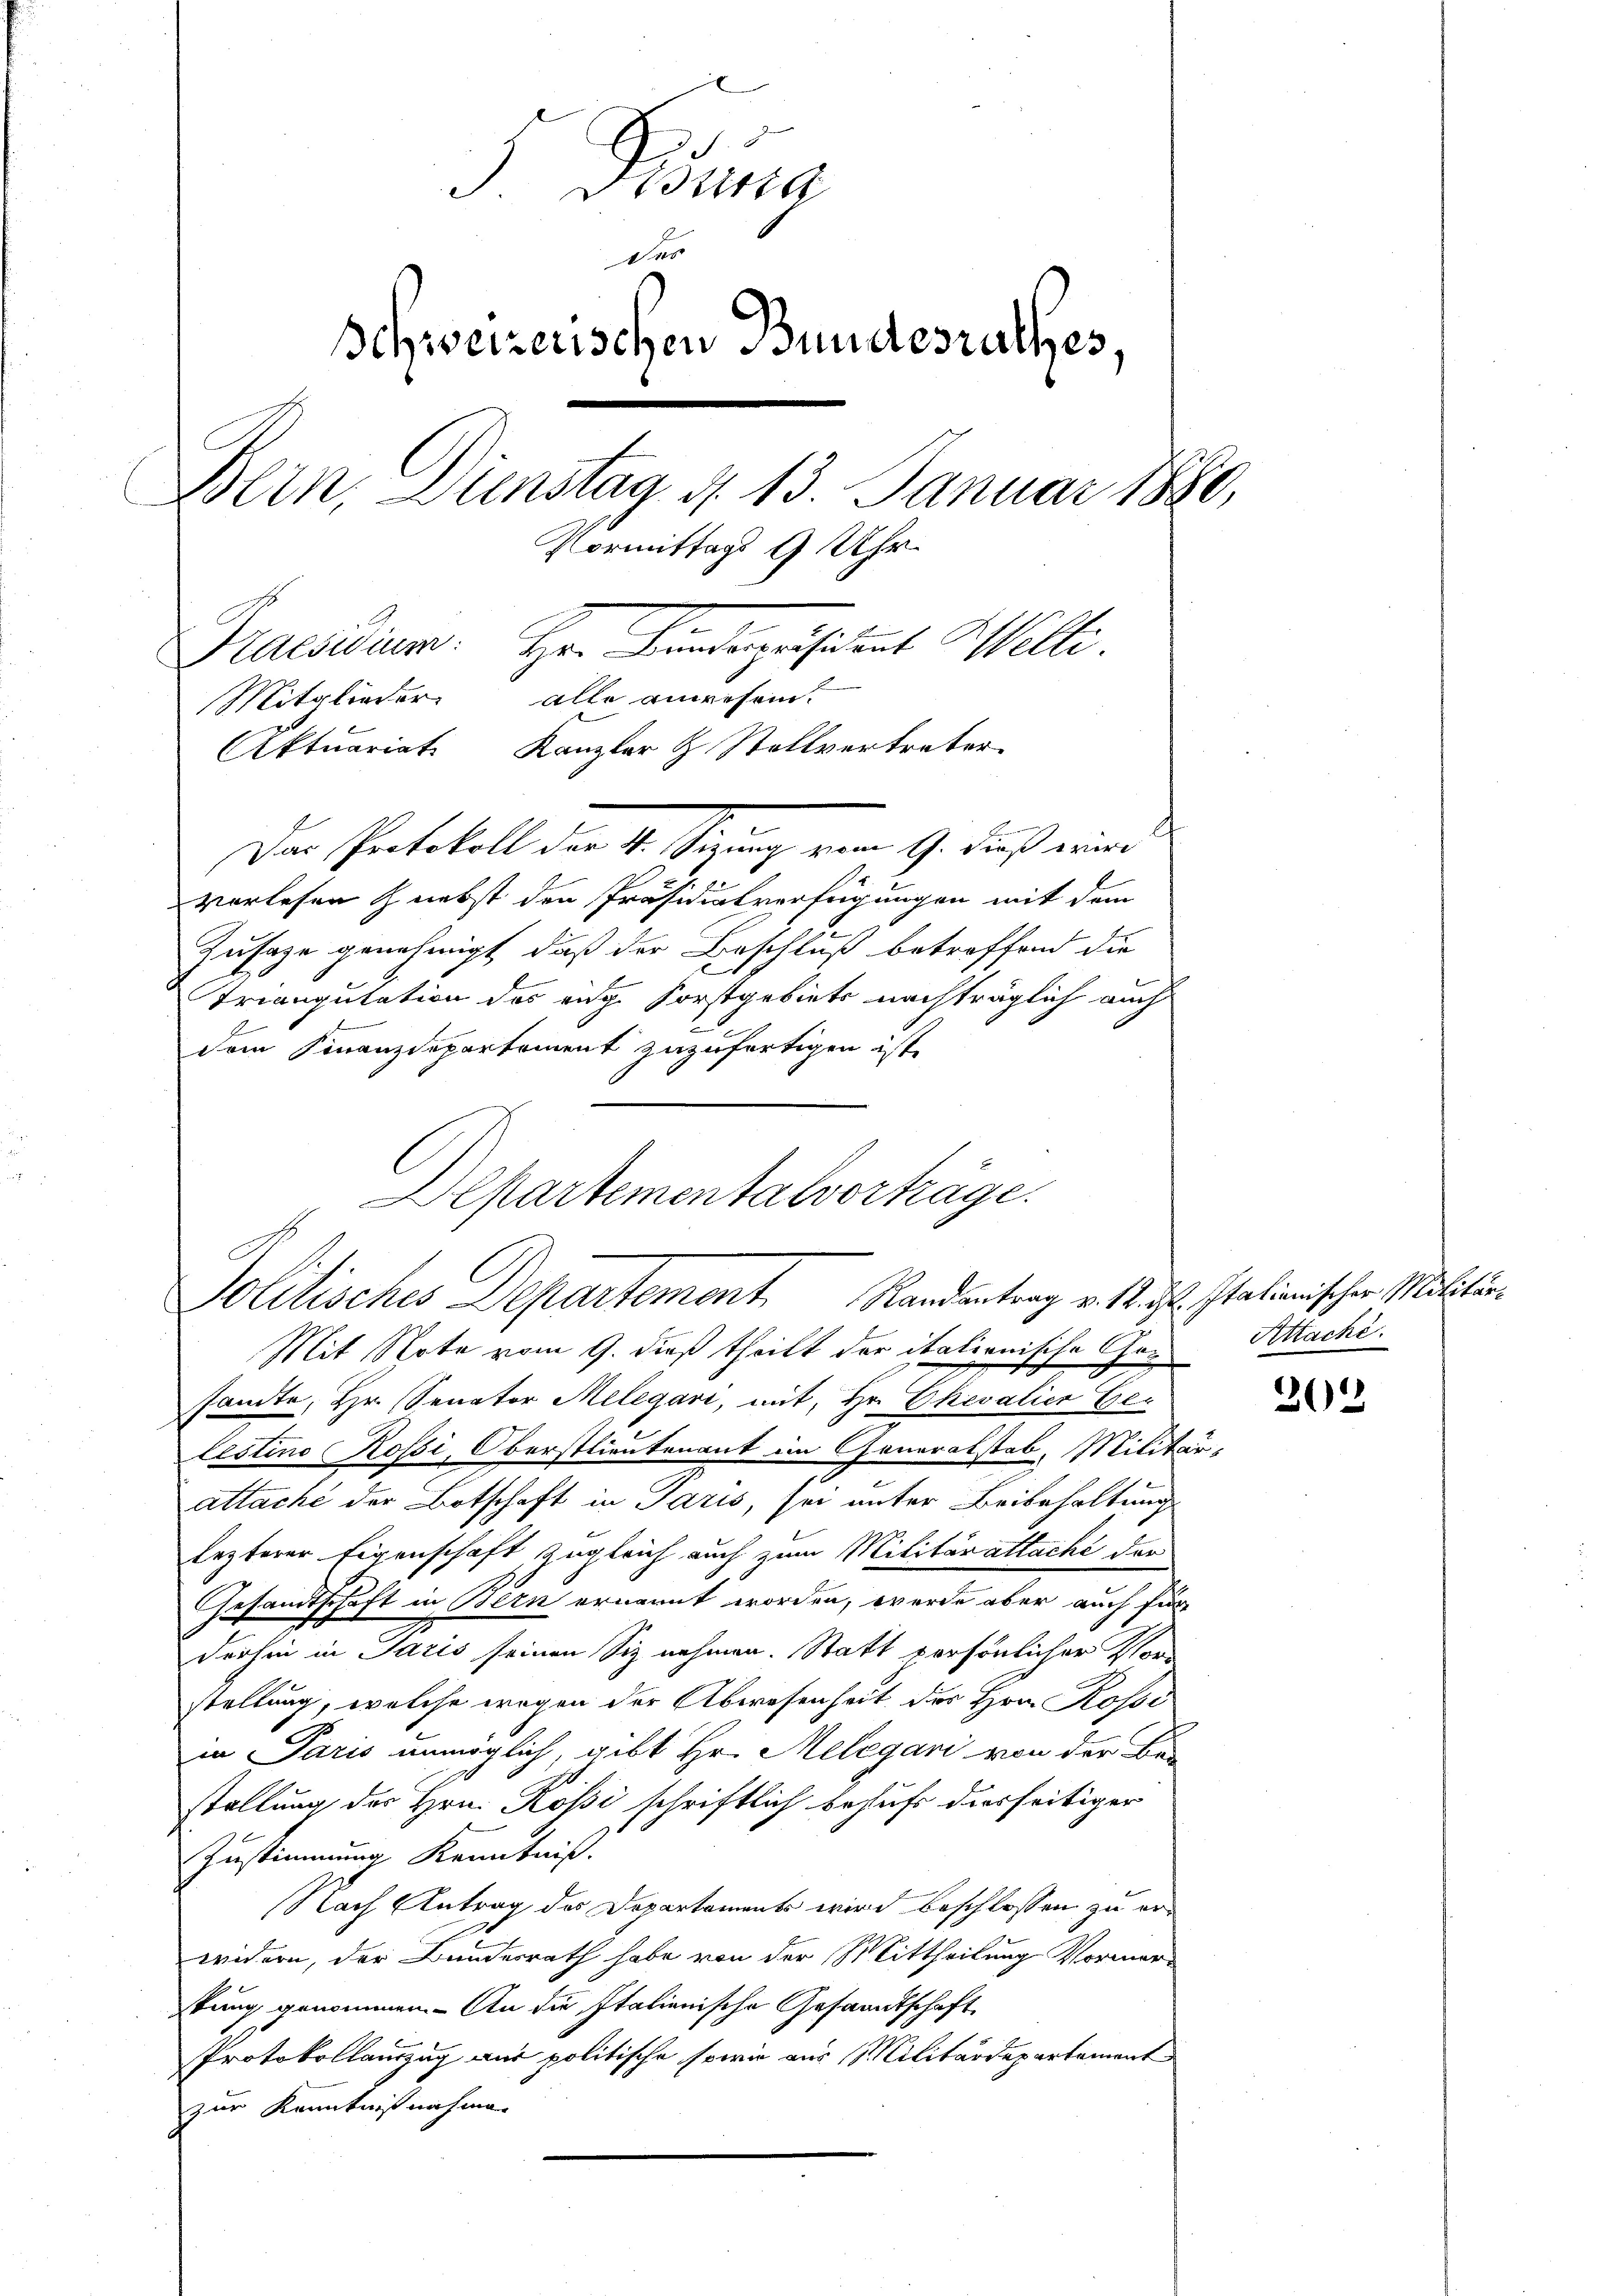
J. Brauna
Der
Schweizerischen Bundesrathes,
Bern, Dienstag d. 13. Januar 1880,
Vormittags 9 Uhr.
Praesiduum. Hr. Bindepräsident Welti.
Mitglieder alle anwesen.
Aktuariat Kanzler & Stellvertreter

Der Protokoll der 4. Sizung vom 9. Fuß eine
vorlesen nebst den Präsidialverfügungen mit dem
Zusage genehmigt, daß der Beschluß betreffend die
Triangulation des eige Forstgebiets nachträglich auch
.
dem Finanzdepartement zuzufertigen ist.
Departementalvorträge.

Politisches Departement Randentrag v. Mts. Italienischer Militär¬

Mit Note vom 9. dieß theilt der italionische Consandte, Hr. Senator Melegari, mit Hr. Chevalier Gelestino Rossi, Oberstlieutenant im Generalstab, Militär-
attacht der Botschaft in Paris, sei unter Beibehaltung
lezterer Eigenschaft zugleich auch zum Militärattache der
Gesandtschaft in Bern ernannt worden, werde aber auch für
derhin in Paris seinen Siz nehmen. Statt persönlicher Vorstellung, welche wegen der Abwesenheit des Hrn. Rossi
in Paris unmöglich, gibt Hr. Melegari von der Be-
stellung des Hrn. Kössi schriftlich behufs diesseitiger
Zustimmung Kenntniß.
Nach Antrag des Departements wird beschlossen zu erwidern, der Bundesrath habe von der Mittheilung Vormerstung genommen. - An die Italienische Gesandtschaft,
Protokollauszug aus politische sowie aus Militärdepartement
zur Kenntnißnahmen

Attachi.

22